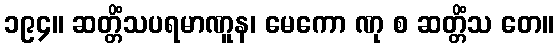
၁၉၄။ ဆတ္တိံသပရမာဏူန၊ မေကော ဏု စ ဆတ္တိံသ တေ။